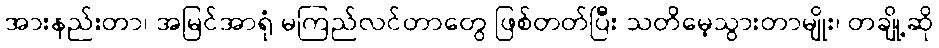
အားနည်းတာ၊ အမြင်အာရုံ မကြည်လင်တာတွေ ဖြစ်တတ်ပြီး သတိမေ့သွားတာမျိုး၊ တချို့ဆို